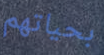
بحياتهم